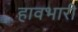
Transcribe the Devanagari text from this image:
हावभारी